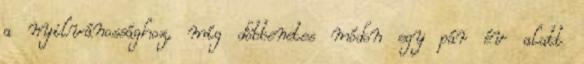
a nyilvánossághoz, míg döbbenetes módon egy pár év alatt